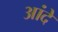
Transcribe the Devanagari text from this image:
आंदे